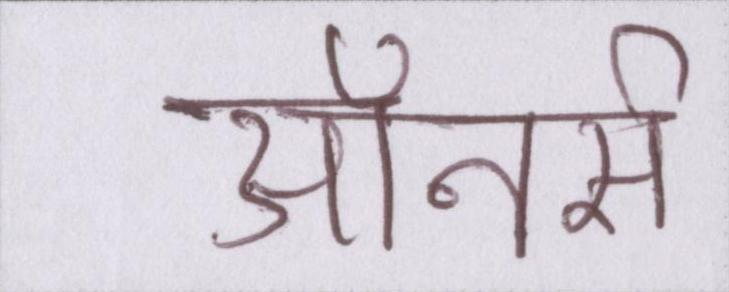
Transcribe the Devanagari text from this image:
ऑनर्स